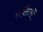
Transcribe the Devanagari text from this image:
हार्वेस्टरों